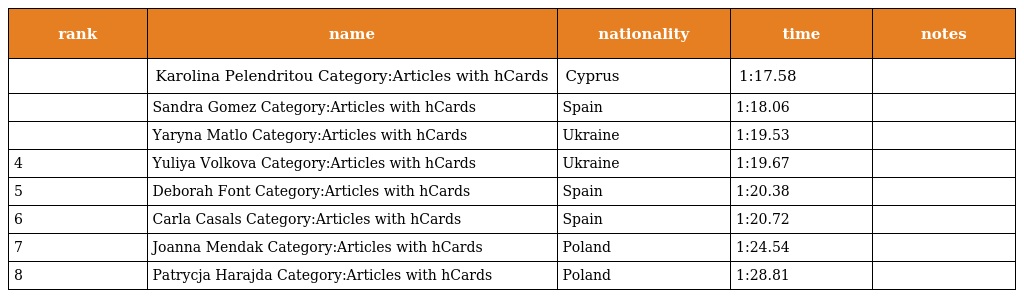
| rank | name | nationality | time | notes |
 | --- | --- | --- | --- | --- |
 |  | Karolina Pelendritou Category:Articles with hCards | Cyprus | 1:17.58 |  |
 |  | Sandra Gomez Category:Articles with hCards | Spain | 1:18.06 |  |
 |  | Yaryna Matlo Category:Articles with hCards | Ukraine | 1:19.53 |  |
 | 4 | Yuliya Volkova Category:Articles with hCards | Ukraine | 1:19.67 |  |
 | 5 | Deborah Font Category:Articles with hCards | Spain | 1:20.38 |  |
 | 6 | Carla Casals Category:Articles with hCards | Spain | 1:20.72 |  |
 | 7 | Joanna Mendak Category:Articles with hCards | Poland | 1:24.54 |  |
 | 8 | Patrycja Harajda Category:Articles with hCards | Poland | 1:28.81 |  |